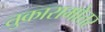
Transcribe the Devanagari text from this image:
तुकारामोत्तर